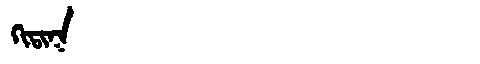
Manchu: ᡴᡳᡨᡳᡴ
Romanization: KITIK